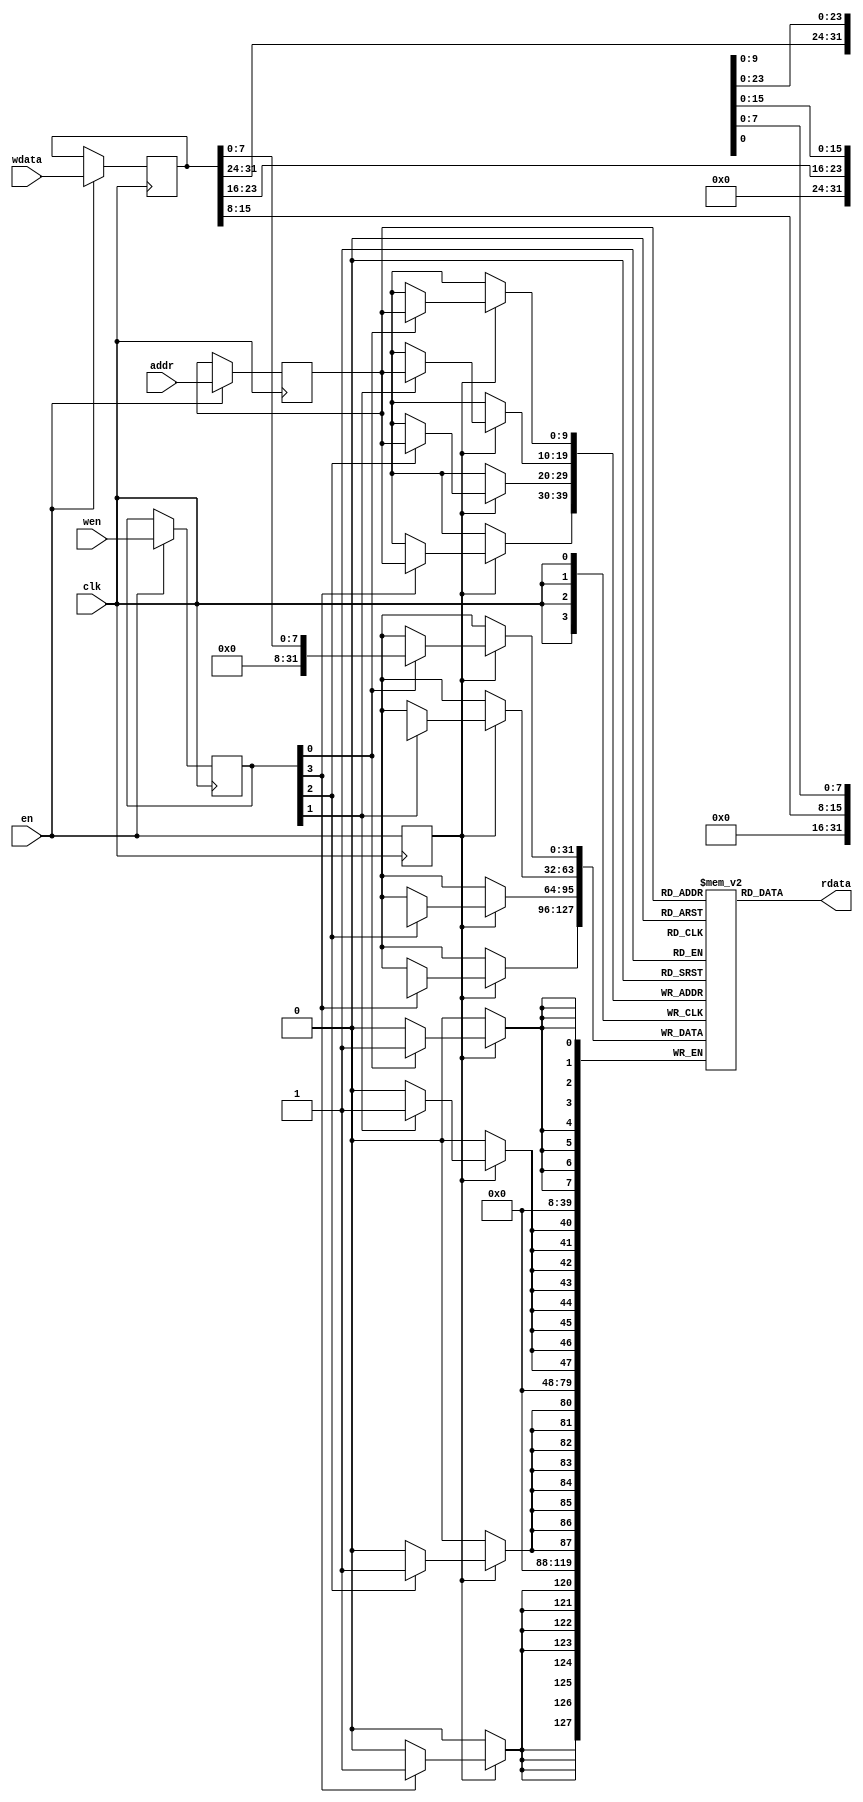
module sync_ram_emul(
    input         clk,
    input         en,       //access enable, HIGH valid
    input  [ 3:0] wen,      //write enable by byte, HIGH valid
    input  [ 9:0] addr,
    input  [31:0] wdata,
    output [31:0] rdata
);

reg  [31:0] bit_array [1023:0];

reg         en_r;
reg  [ 3:0] wen_r;
reg  [ 9:0] addr_r;
reg  [31:0] wdata_r;
wire [31:0] rd_out;

// inputs latch
always @(posedge clk) begin
    en_r <= en;
    if (en) begin
        wen_r   <= wen;
        addr_r  <= addr;
        wdata_r <= wdata;
    end
end

// bit array write
always @(posedge clk) begin
    if (en_r) begin
        if (wen_r[0]) bit_array[addr_r][ 7: 0] <= wdata_r[ 7: 0];
        if (wen_r[1]) bit_array[addr_r][15: 8] <= wdata_r[15: 8];
        if (wen_r[2]) bit_array[addr_r][23:16] <= wdata_r[23:16];
        if (wen_r[3]) bit_array[addr_r][31:24] <= wdata_r[31:24];
    end
end

// bit array read
assign rd_out = bit_array[addr_r];

// final output
assign rdata = rd_out;

endmodule